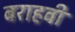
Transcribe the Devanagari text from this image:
बराहवी